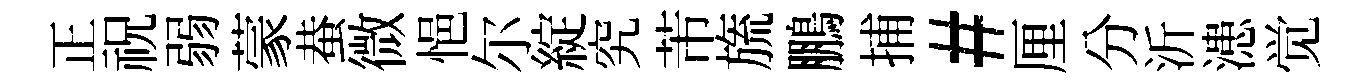
正祝弱蒙蛬微悒尔綻究芾旒鵬捕#厘分沂漶觉